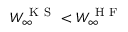
W _ { \infty } ^ { \mathrm { ~ K ~ S ~ } } < W _ { \infty } ^ { \mathrm { ~ H ~ F ~ } }